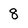
Character: 8